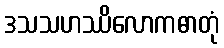
ဒသသဟဿိလောကဓာတုံ